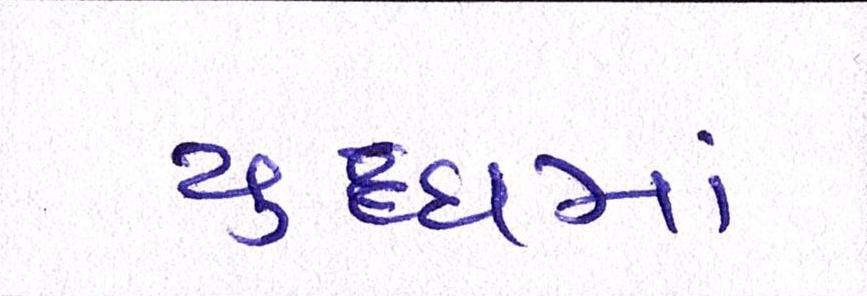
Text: યુધ્ધમાં